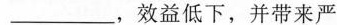
___，效益低下，并带来严